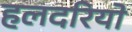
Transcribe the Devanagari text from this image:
हलदरियो